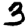
Digit: 3